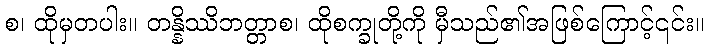
စ၊ ထိုမှတပါး။ တန္နိဿိဘတ္တာစ၊ ထိုစက္ခုတို့ကို မှီသည်၏အဖြစ်ကြောင့်၎င်း။